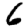
Digit: 6